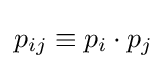
p_{ij}\equiv p_{i}\cdot p_{j}